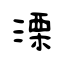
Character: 溧